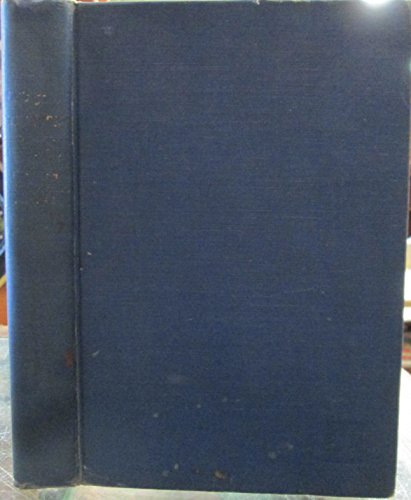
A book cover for Let's go to Colombia, (Judson guides to Latin America); Lyman  and Ellen Judson; Travel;